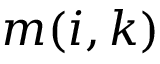
m ( i , k )